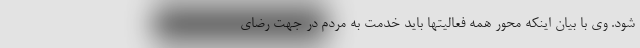
شود. وی با بیان اینکه محور همه فعالیتها باید خدمت به مردم در جهت رضای